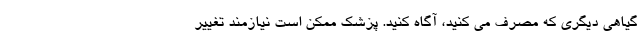
گیاهی دیگری که مصرف می کنید، آگاه کنید. پزشک ممکن است نیازمند تغییر